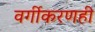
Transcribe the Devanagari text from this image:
वर्गीकरणही